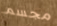
مجسم